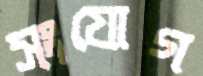
সংযোগ